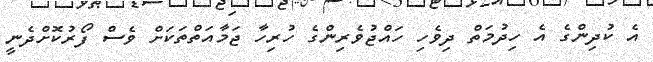
އެ ކުދިންގެ އެ ހިދުމަތް ދިވެހި ހައްޖުވެރިންގެ ހުރިހާ ޖަމާއަތްތަކަށް ވެސް ފޯރުކޮށްދެނީ